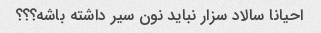
احیانا سالاد سزار نباید نون سیر داشته باشه؟؟؟